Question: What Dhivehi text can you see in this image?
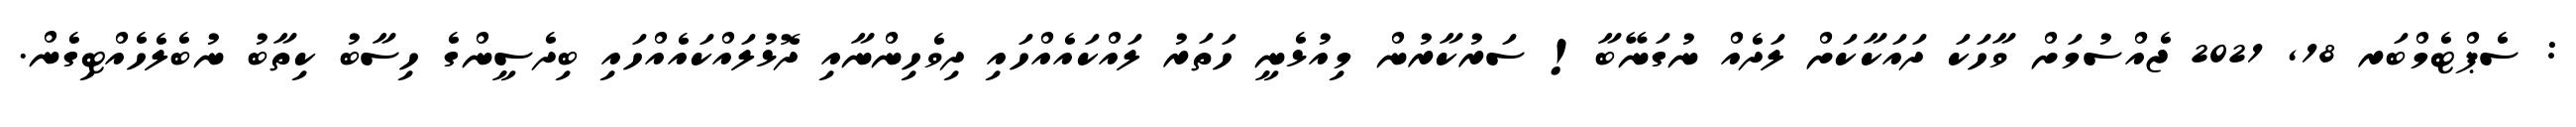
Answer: : ސެޕްޓެމްބަރ 18, 2021 ޖެއްސުމަށް ވާހަކަ ދައަކާކަށް ލަދެއް ނުގަނޭބާ! ސަރުކާރުން މިއުޅެނީ ހަތަރު ލައްކައެއްހައި ދިވެހިންނާއި ދޮޅުލައްކައެއްހައި ބިދެސީންގެ ހިސާބު ކިތާބު ނުބެލެހެއްޓިގެން.